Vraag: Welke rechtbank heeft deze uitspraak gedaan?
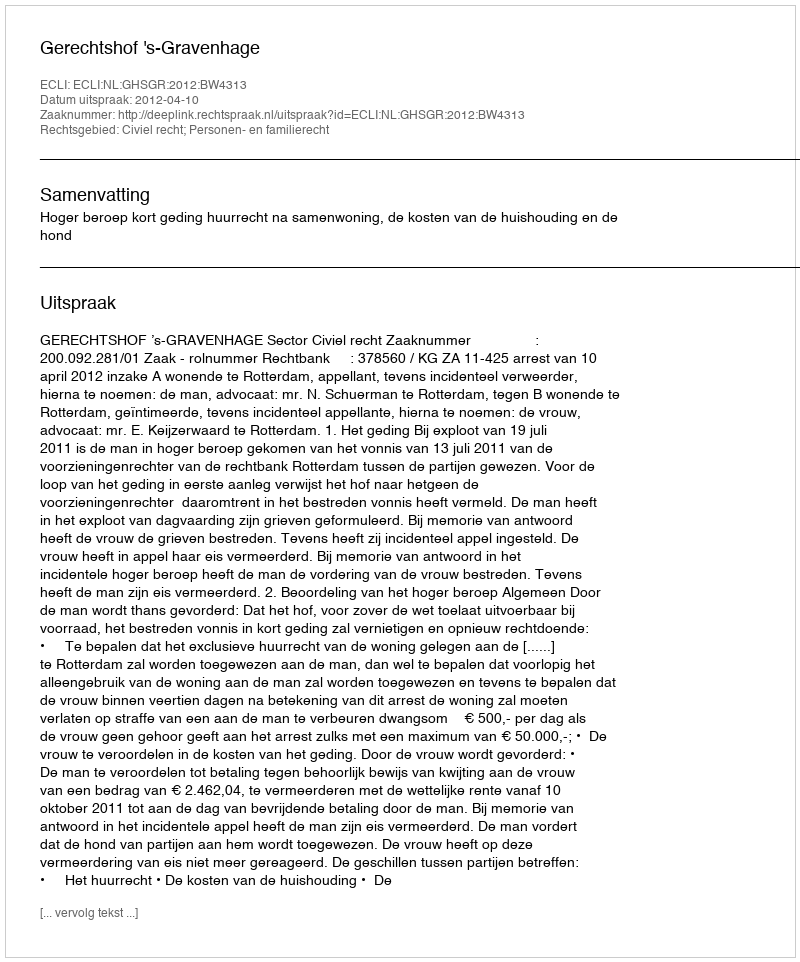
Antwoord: Gerechtshof 's-Gravenhage